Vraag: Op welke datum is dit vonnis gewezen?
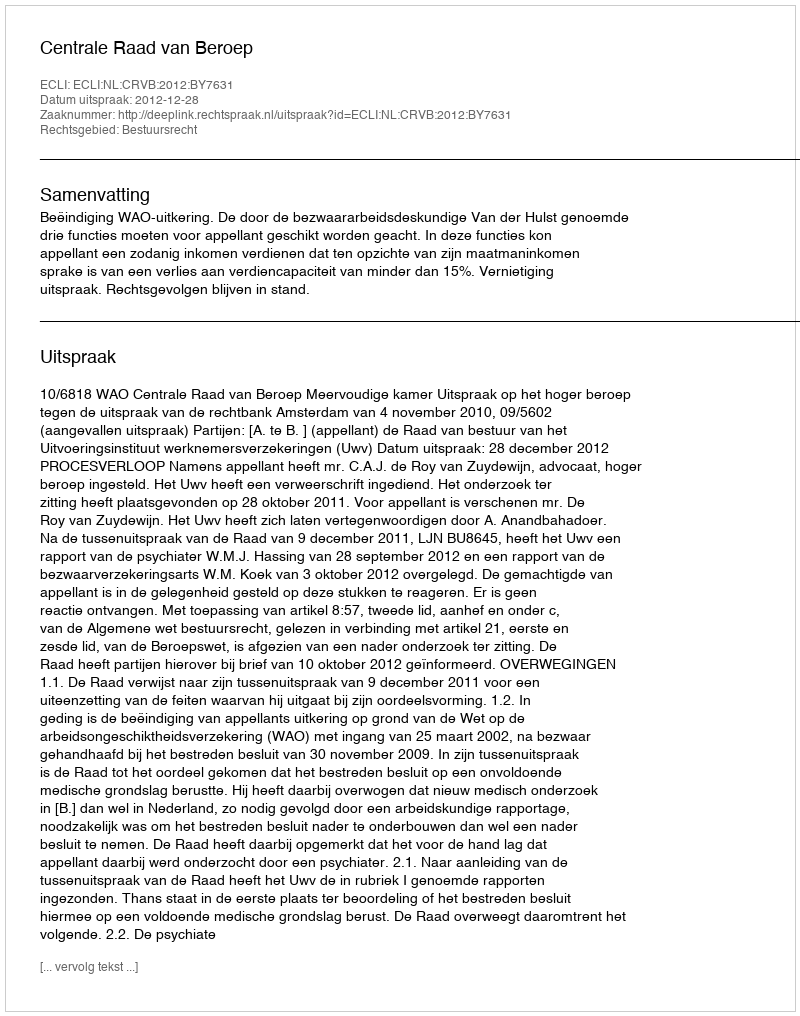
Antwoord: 2012-12-28